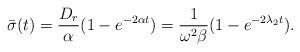
LaTeX: \begin{align*}\bar{\sigma}(t)=\frac{D_r}{\alpha}(1-e^{-2\alpha t})=\frac{1}{\omega^2 \beta}(1-e^{-2\lambda_2 t}).\end{align*}